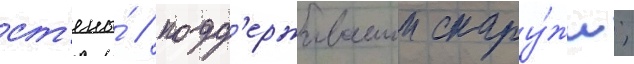
ст'ены́ / подд'ерживаемои снару́жи;